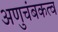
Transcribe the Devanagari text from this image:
अणुचंबकत्व